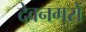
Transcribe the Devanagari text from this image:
देवनगरों